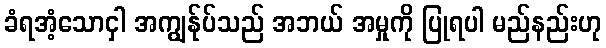
ခံရအံ့သောငှါ အကျွန်ုပ်သည် အဘယ် အမှုကို ပြုရပါ မည်နည်းဟု